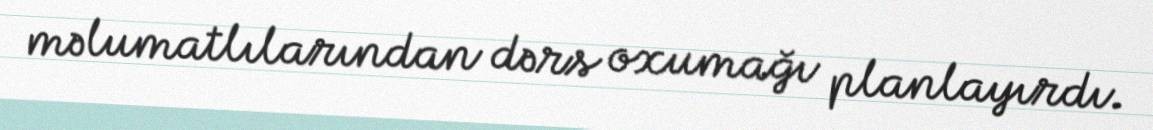
məlumatlılarından dərs oxumağı planlayırdı.